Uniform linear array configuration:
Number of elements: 24
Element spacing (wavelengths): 0.5
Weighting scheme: exponential
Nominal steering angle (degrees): -60
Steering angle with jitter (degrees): -58.063
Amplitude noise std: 0.05
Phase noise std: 0.05

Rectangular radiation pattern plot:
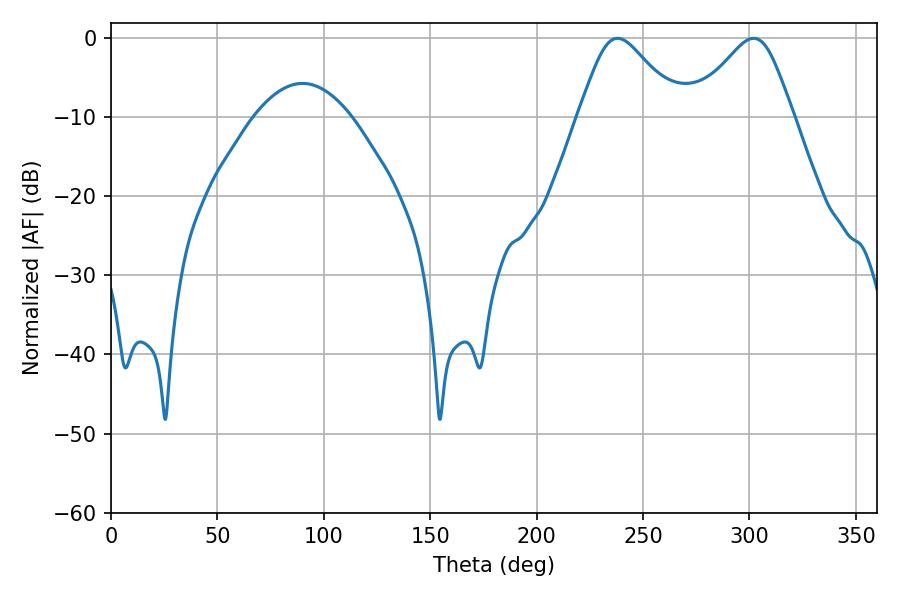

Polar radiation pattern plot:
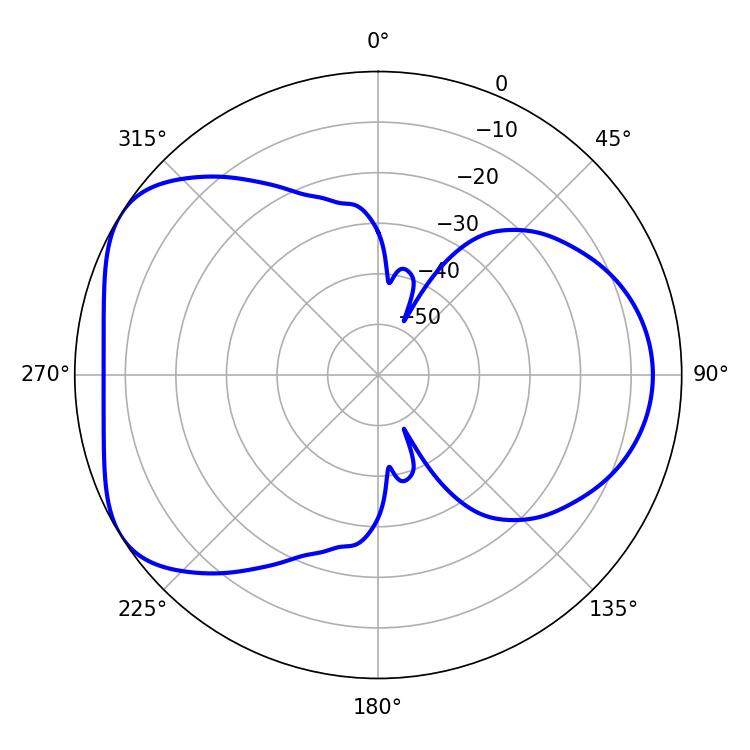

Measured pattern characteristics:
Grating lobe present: FALSE
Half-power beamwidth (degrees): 23.4
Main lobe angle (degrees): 237.96